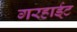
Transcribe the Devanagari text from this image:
गरहार्ड्‌ट